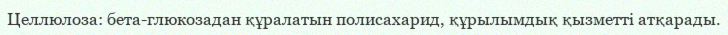
Целлюлоза: бета-глюкозадан құралатын полисахарид, құрылымдық қызметті атқарады.